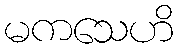
မကသေဟိ